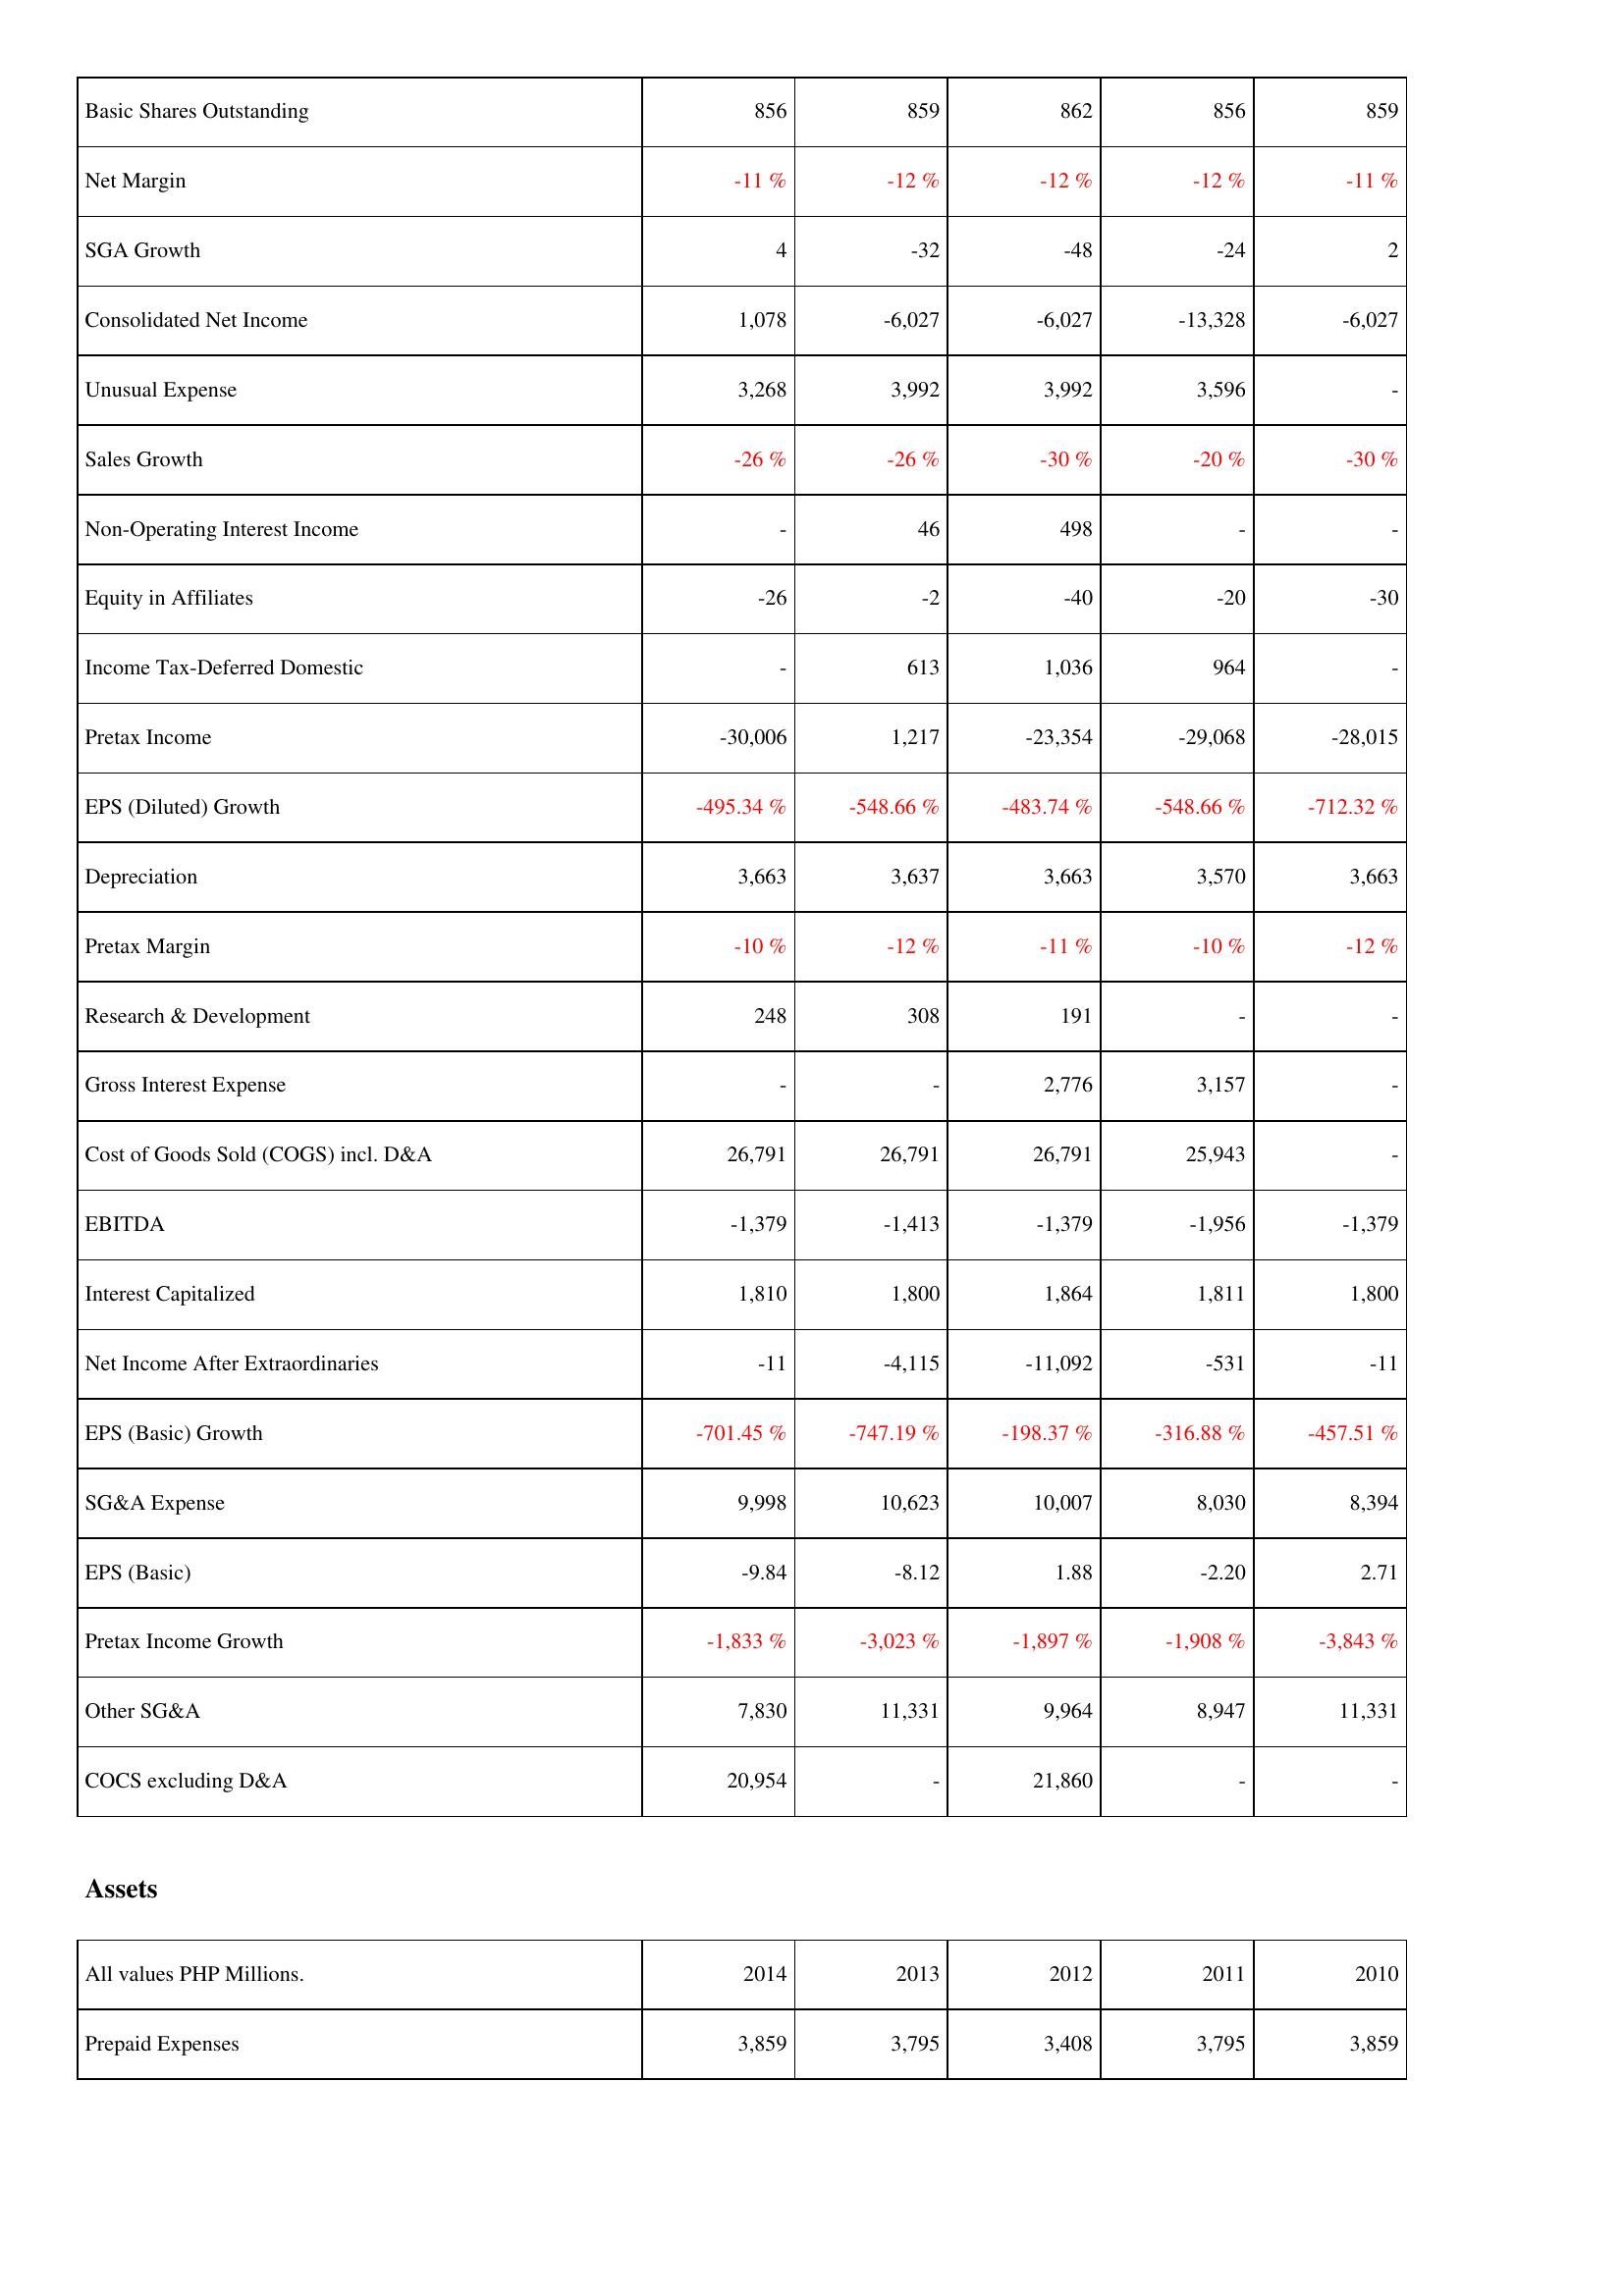
2014: Income Statement: Basic Shares Outstanding: 856
Net Margin: -11 %
SGA Growth: 4
Consolidated Net Income: 1,078
Unusual Expense: 3,268
Sales Growth: -26 %
Non-Operating Interest Income: -
Equity in Affiliates: -26
Income Tax-Deferred Domestic: -
Pretax Income: -30,006
EPS (Diluted) Growth: -495.34 %
Depreciation: 3,663
Pretax Margin: -10 %
Research & Development: 248
Gross Interest Expense: -
Cost of Goods Sold (COGS) incl. D&A: 26,791
EBITDA: -1,379
Interest Capitalized: 1,810
Net Income After Extraordinaries: -11
EPS (Basic) Growth: -701.45 %
SG&A Expense: 9,998
EPS (Basic): -9.84
Pretax Income Growth: -1,833 %
Other SG&A: 7,830
COCS excluding D&A: 20,954
Assets: Prepaid Expenses: 3,859
2013: Income Statement: Basic Shares Outstanding: 859
Net Margin: -12 %
SGA Growth: -32
Consolidated Net Income: -6,027
Unusual Expense: 3,992
Sales Growth: -26 %
Non-Operating Interest Income: 46
Equity in Affiliates: -2
Income Tax-Deferred Domestic: 613
Pretax Income: 1,217
EPS (Diluted) Growth: -548.66 %
Depreciation: 3,637
Pretax Margin: -12 %
Research & Development: 308
Gross Interest Expense: -
Cost of Goods Sold (COGS) incl. D&A: 26,791
EBITDA: -1,413
Interest Capitalized: 1,800
Net Income After Extraordinaries: -4,115
EPS (Basic) Growth: -747.19 %
SG&A Expense: 10,623
EPS (Basic): -8.12
Pretax Income Growth: -3,023 %
Other SG&A: 11,331
COCS excluding D&A: -
Assets: Prepaid Expenses: 3,795
2012: Income Statement: Basic Shares Outstanding: 862
Net Margin: -12 %
SGA Growth: -48
Consolidated Net Income: -6,027
Unusual Expense: 3,992
Sales Growth: -30 %
Non-Operating Interest Income: 498
Equity in Affiliates: -40
Income Tax-Deferred Domestic: 1,036
Pretax Income: -23,354
EPS (Diluted) Growth: -483.74 %
Depreciation: 3,663
Pretax Margin: -11 %
Research & Development: 191
Gross Interest Expense: 2,776
Cost of Goods Sold (COGS) incl. D&A: 26,791
EBITDA: -1,379
Interest Capitalized: 1,864
Net Income After Extraordinaries: -11,092
EPS (Basic) Growth: -198.37 %
SG&A Expense: 10,007
EPS (Basic): 1.88
Pretax Income Growth: -1,897 %
Other SG&A: 9,964
COCS excluding D&A: 21,860
Assets: Prepaid Expenses: 3,408
2011: Income Statement: Basic Shares Outstanding: 856
Net Margin: -12 %
SGA Growth: -24
Consolidated Net Income: -13,328
Unusual Expense: 3,596
Sales Growth: -20 %
Non-Operating Interest Income: -
Equity in Affiliates: -20
Income Tax-Deferred Domestic: 964
Pretax Income: -29,068
EPS (Diluted) Growth: -548.66 %
Depreciation: 3,570
Pretax Margin: -10 %
Research & Development: -
Gross Interest Expense: 3,157
Cost of Goods Sold (COGS) incl. D&A: 25,943
EBITDA: -1,956
Interest Capitalized: 1,811
Net Income After Extraordinaries: -531
EPS (Basic) Growth: -316.88 %
SG&A Expense: 8,030
EPS (Basic): -2.20
Pretax Income Growth: -1,908 %
Other SG&A: 8,947
COCS excluding D&A: -
Assets: Prepaid Expenses: 3,795
2010: Income Statement: Basic Shares Outstanding: 859
Net Margin: -11 %
SGA Growth: 2
Consolidated Net Income: -6,027
Unusual Expense: -
Sales Growth: -30 %
Non-Operating Interest Income: -
Equity in Affiliates: -30
Income Tax-Deferred Domestic: -
Pretax Income: -28,015
EPS (Diluted) Growth: -712.32 %
Depreciation: 3,663
Pretax Margin: -12 %
Research & Development: -
Gross Interest Expense: -
Cost of Goods Sold (COGS) incl. D&A: -
EBITDA: -1,379
Interest Capitalized: 1,800
Net Income After Extraordinaries: -11
EPS (Basic) Growth: -457.51 %
SG&A Expense: 8,394
EPS (Basic): 2.71
Pretax Income Growth: -3,843 %
Other SG&A: 11,331
COCS excluding D&A: -
Assets: Prepaid Expenses: 3,859